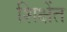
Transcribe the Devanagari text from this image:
शिक्षेंत